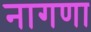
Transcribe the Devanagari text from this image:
नागणा